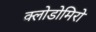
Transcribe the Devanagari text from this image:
क्लोडोमिरो